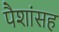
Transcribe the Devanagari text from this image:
पैशांसह